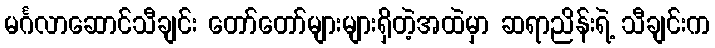
မင်္ဂလာဆောင်သီချင်း တော်တော်များများရှိတဲ့အထဲမှာ ဆရာညိန်းရဲ့ သီချင်းက